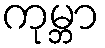
ကုမ္ဘာ